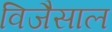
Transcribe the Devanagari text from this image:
विजैसाल